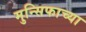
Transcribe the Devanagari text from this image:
मुन्सिफाच्या